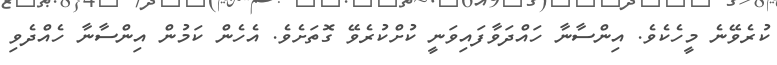
ކުރެވޭނެ މީހެކެވެ. އިންސާނާ ހައްދަވާފައިވަނީ ކުށްކުރެވޭ ގޮތަށެވެ. އެހެން ކަމުން އިންސާނާ ހެއްދެވި